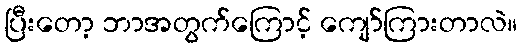
ပြီးတော့ ဘာအတွက်ကြောင့် ကျော်ကြားတာလဲ။